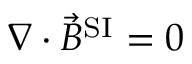
\nabla \cdot { \vec { B } } ^ { \mathrm { S I } } = 0